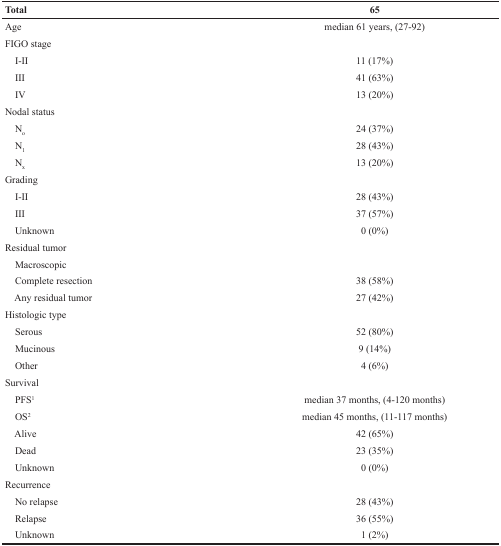
<table><thead><tr><td><b>Total</b></td><td><b>65</b></td></tr></thead><tbody><tr><td>Age</td><td>median 61 years, (27-92)</td></tr><tr><td>FIGO stage</td><td></td></tr><tr><td> I-II</td><td>11 (17%)</td></tr><tr><td> III</td><td>41 (63%)</td></tr><tr><td> IV</td><td>13 (20%)</td></tr><tr><td>Nodal status</td><td></td></tr><tr><td> N<sub>o</sub></td><td>24 (37%)</td></tr><tr><td> N<sub>1</sub></td><td>28 (43%)</td></tr><tr><td> N<sub>x</sub></td><td>13 (20%)</td></tr><tr><td>Grading</td><td></td></tr><tr><td> I-II</td><td>28 (43%)</td></tr><tr><td> III</td><td>37 (57%)</td></tr><tr><td> Unknown</td><td>0 (0%)</td></tr><tr><td>Residual tumor</td><td></td></tr><tr><td> Macroscopic</td><td></td></tr><tr><td> Complete resection</td><td>38 (58%)</td></tr><tr><td> Any residual tumor</td><td>27 (42%)</td></tr><tr><td>Histologic type</td><td></td></tr><tr><td> Serous</td><td>52 (80%)</td></tr><tr><td> Mucinous</td><td>9 (14%)</td></tr><tr><td> Other</td><td>4 (6%)</td></tr><tr><td>Survival</td><td></td></tr><tr><td> PFS<sup>1</sup></td><td>median 37 months, (4-120 months)</td></tr><tr><td> OS<sup>2</sup></td><td>median 45 months, (11-117 months)</td></tr><tr><td> Alive</td><td>42 (65%)</td></tr><tr><td> Dead</td><td>23 (35%)</td></tr><tr><td> Unknown</td><td>0 (0%)</td></tr><tr><td>Recurrence</td><td></td></tr><tr><td> No relapse</td><td>28 (43%)</td></tr><tr><td> Relapse</td><td>36 (55%)</td></tr><tr><td> Unknown</td><td>1 (2%)</td></tr></tbody></table>